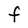
Character: F